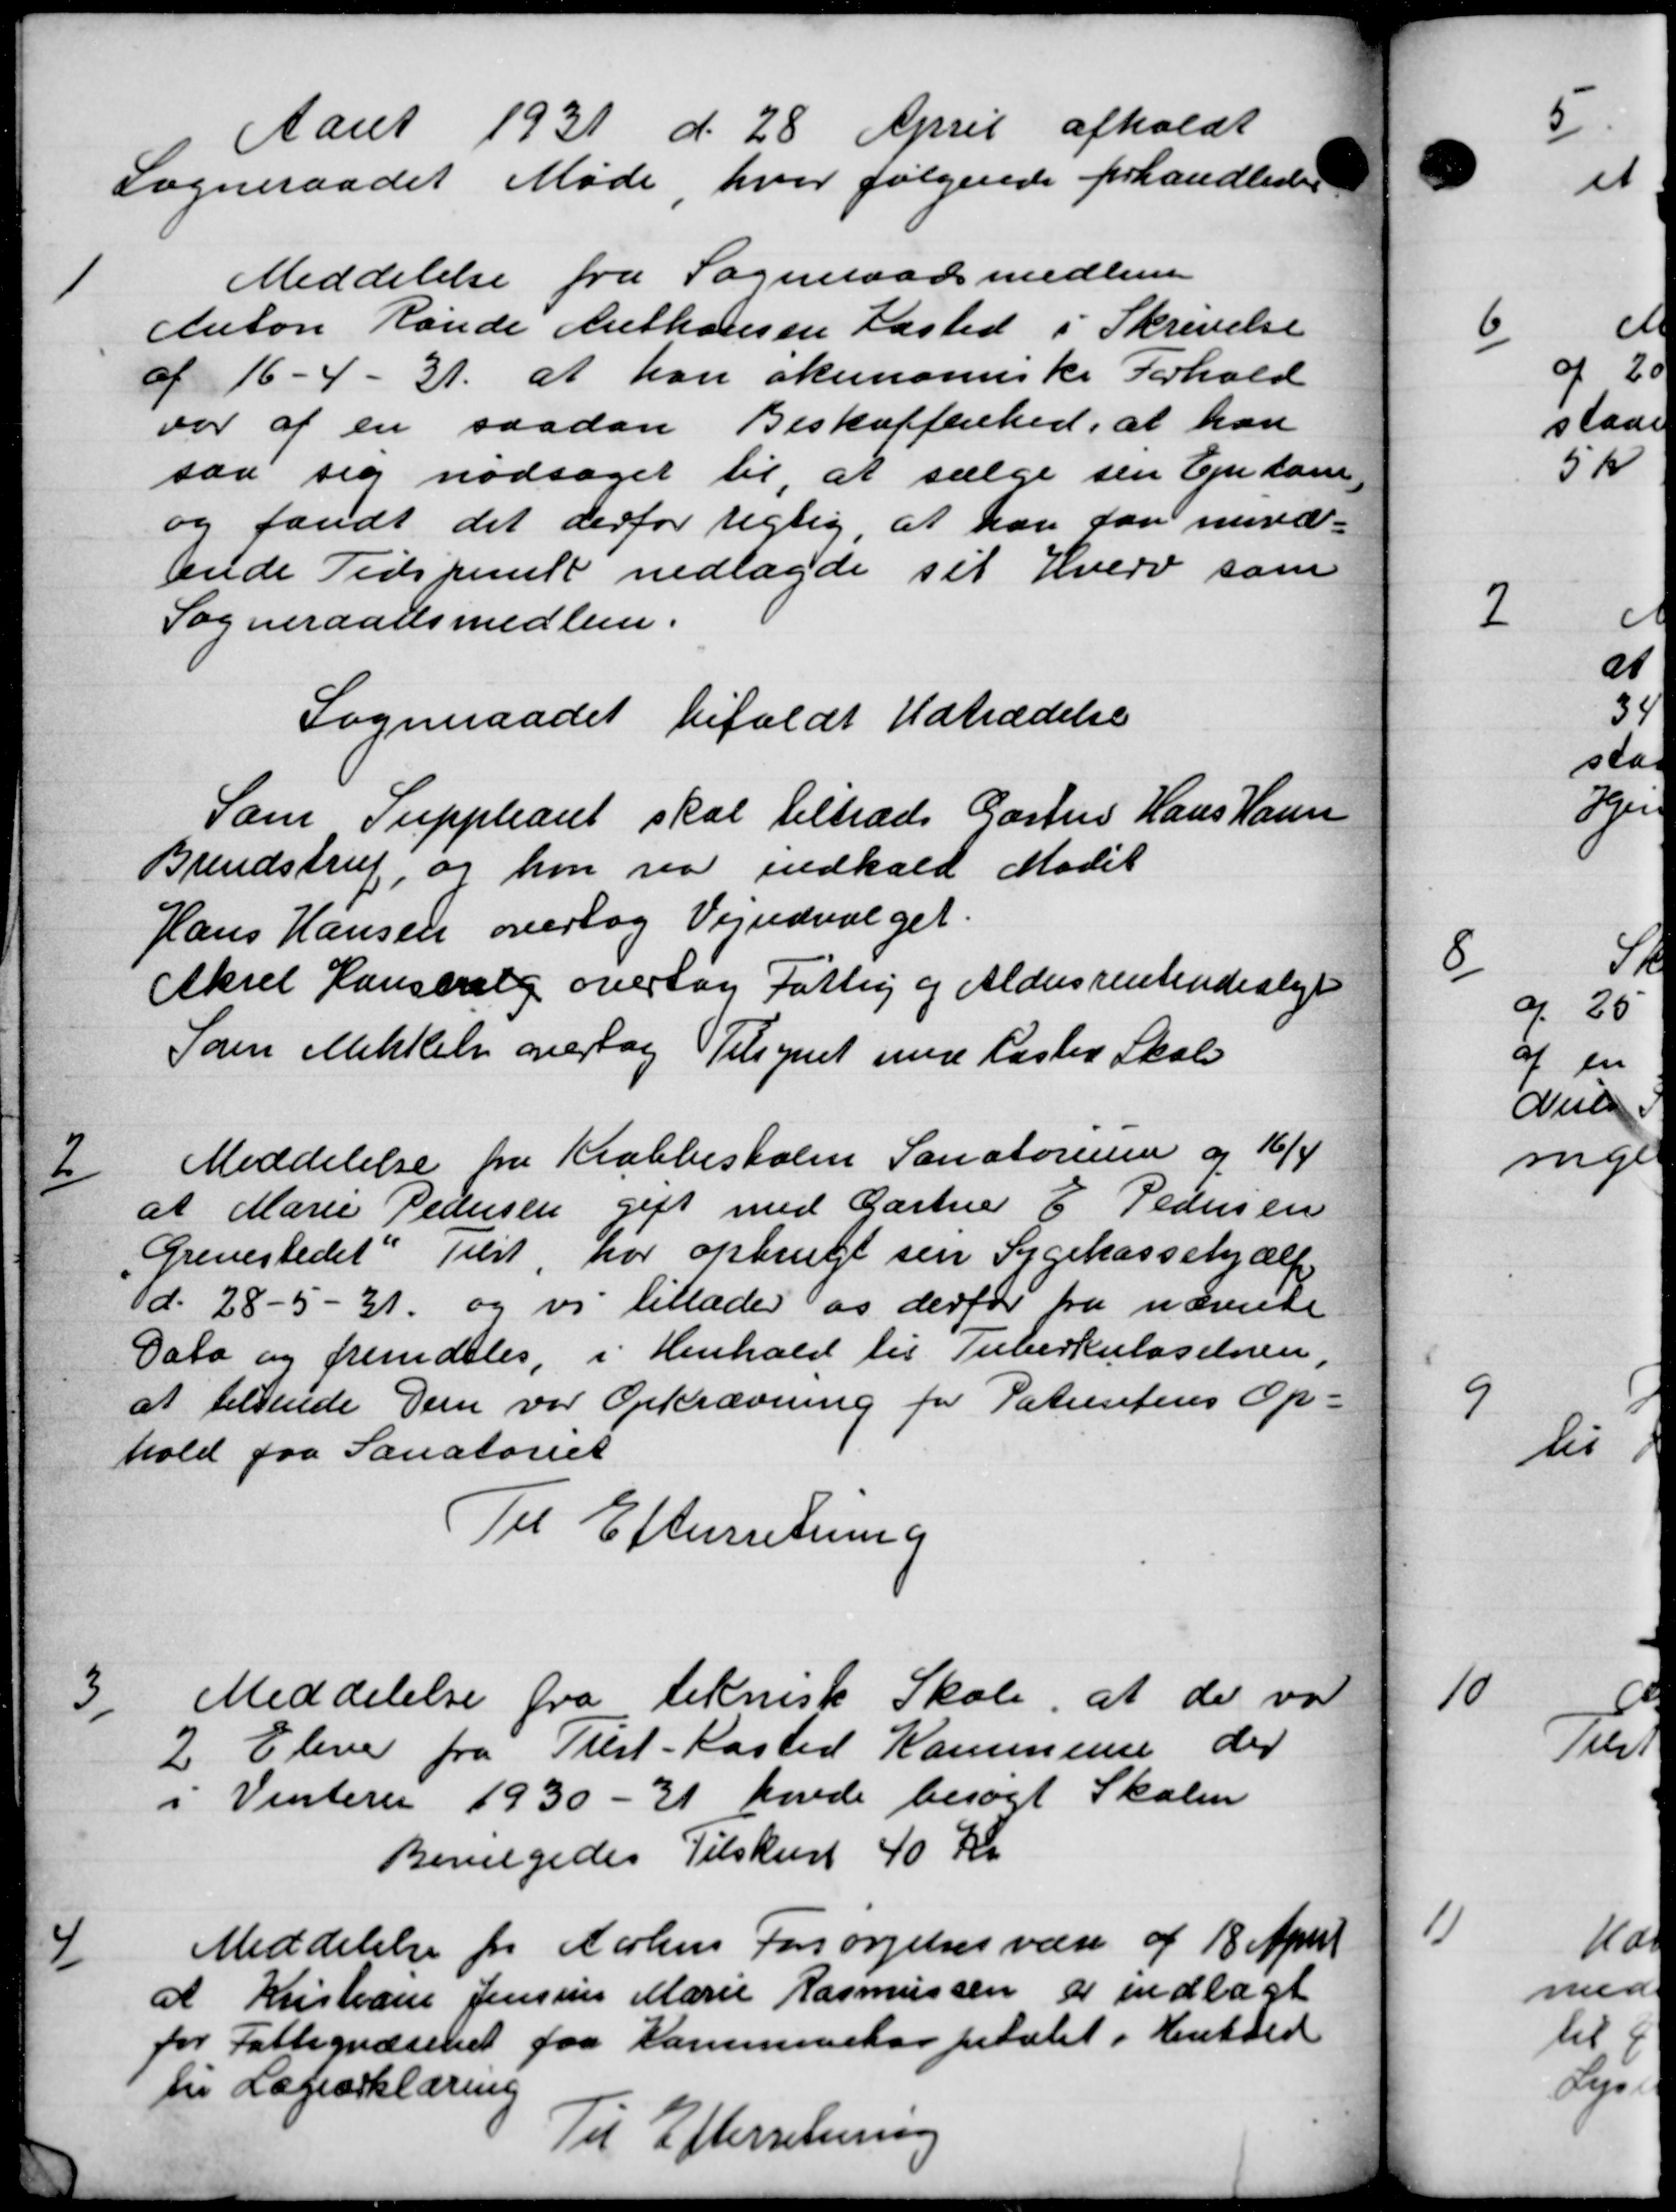
Transskription:
Aaret 1931 d. 28 April afholdt
Sogneraadet Møde, hvor følgende forhandledes
1
Meddelelse fra Sogneraadsmedlem
Anton Rande Anthonsen Fasted i Skrivelse
af 16 - 4 - 31. at han økonomiske Forhold
var af en saadan Beskaffenhed, at han
saa sig nødsaget til, at sælge sin Ejnlan
og fandt det derfor rigtig at han faa nuvær-
eende Tidspunkt nedlagde sit Hverv som
Sogneraadsmedlem.
Sogneraadet bifaldt Udtrædelse
Som Suppleant skal tiltræde Gartner Hans Hansen
Brendstrup, og hvor saa indkald Mødet
Hans Hansen overtog Vejudvalget.
Aksel Hansvalg overtog Fattig og Aldersrenteudvalgt
Sam Mikkelse overtog Tilsynet med Haslev Skole
2
Meddelelse fra Krabbesholen Sanatorene og 16/4
at Marie Pedersen gift med Gartner E. Pedersen
Grevestedet Tilst har opbrugt sin Sygekassehjælp
d. 28 - 5 - 31 og vi tillader os derfor fra nævnte
Dato og fremdeles, i Henhold til Tuberkuloselsen,
at tilsende Dem var Opkrævning for Patientens Op-
hold fra Sanatoriet
Til Efterrretning
3
Meddelelse fra teknisk Skole, at der var
2 Eleve fra Tilst-Kasted Kommune der
i Vinterer 1930-31 havde besøgt Skolen
Bevilgedes Tilskud 40 Kr
4
Meddelelse fra Aarhus Forsørgelsesvære af 18 April
at Kristiane Jensine Marie Rasmussen er indlagt
for Fattigvæsenet faa Kommunehospitalet i Henhold
til Lægeerklæring
Til Efterretning